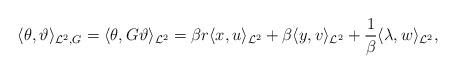
LaTeX: \begin{align*}\langle\theta,\vartheta\rangle _{\mathcal{L}^2,{G}}=\langle\theta,G\vartheta\rangle_{\mathcal{L}^2}=\beta r\langle x,u\rangle_{\mathcal{L}^2}+\beta \langle y,v\rangle_{\mathcal{L}^2}+\frac{1}{\beta}\langle\lambda,w\rangle_{\mathcal{L}^2},\end{align*}